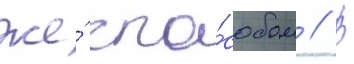
же́ спо́собом // В